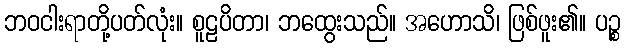
ဘဝငါးရာတို့ပတ်လုံး။ စူဠပိတာ၊ ဘထွေးသည်။ အဟောသိ၊ ဖြစ်ဖူး၏။ ပဉ္စ